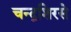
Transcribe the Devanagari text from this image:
चन्द्रशिरसे